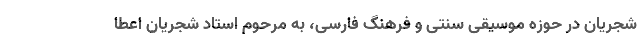
شجریان در حوزه موسیقی سنتی و فرهنگ فارسی، به مرحوم استاد شجریان اعطا